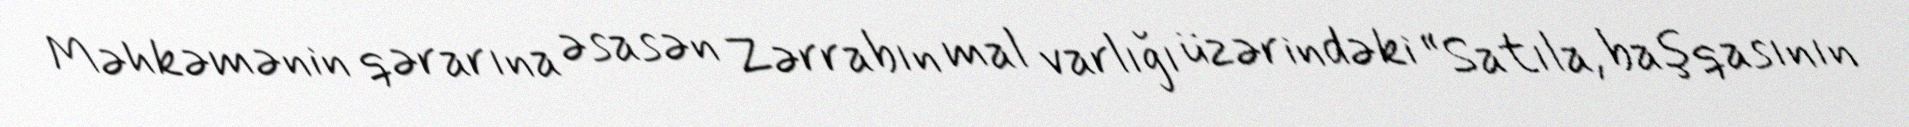
Məhkəmənin qərarına əsasən Zərrabın mal varlığı üzərindəki “Satıla, başqasının